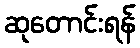
ဆုတောင်းရန်